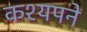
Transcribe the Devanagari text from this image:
कश्यपने